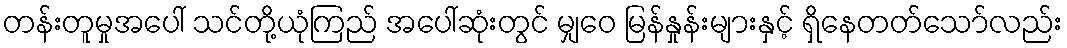
တန်းတူမှုအပေါ် သင်တို့ယုံကြည် အပေါ်ဆုံးတွင် မျှဝေ မြန်နှုန်းများနှင့် ရှိနေတတ်သော်လည်း